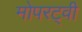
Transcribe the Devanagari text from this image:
मोपरट्वी